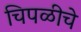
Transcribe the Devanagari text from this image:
चिपळीचे